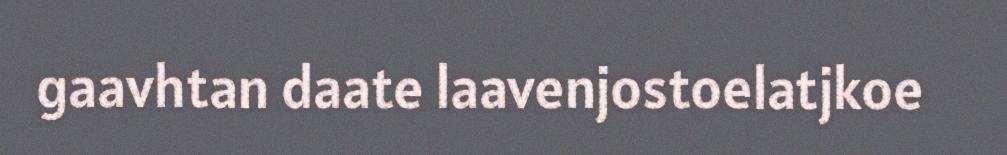
gaavhtan daate laavenjostoelatjkoe